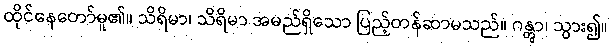
ထိုင်နေတော်မူ၏။ သိရိမာ၊ သိရိမာ အမည်ရှိသော ပြည့်တန်ဆာမသည်။ ဂန္တွာ၊ သွား၍။